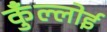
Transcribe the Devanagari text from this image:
कुँल्लोई